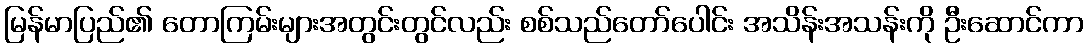
မြန်မာပြည်၏ တောကြမ်းများအတွင်းတွင်လည်း စစ်သည်တော်ပေါင်း အသိန်းအသန်းကို ဦးဆောင်ကာ